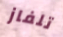
تلفاز